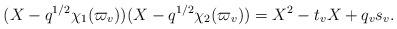
LaTeX: \begin{align*}(X - q^{1/2} \chi_1(\varpi_v))(X - q^{1/2} \chi_2(\varpi_v)) = X^2 - t_v X + q_v s_v.\end{align*}